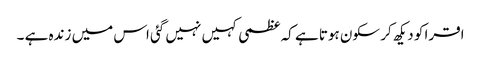
اقرا کو دیکھ کر سکون ہوتا ہے کہ عظمی کہیں نہیں گئی اس میں زندہ ہے ۔